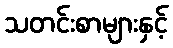
သတင်းစာများနှင့်